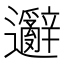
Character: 𲆋